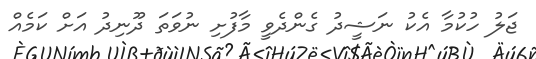
ޖަލު ހުކުމާ އެކު ނަޝީދު ގެންދެވީ މާފުށި ނުވަތަ ދޫނިދު އަށް ކަމެއް